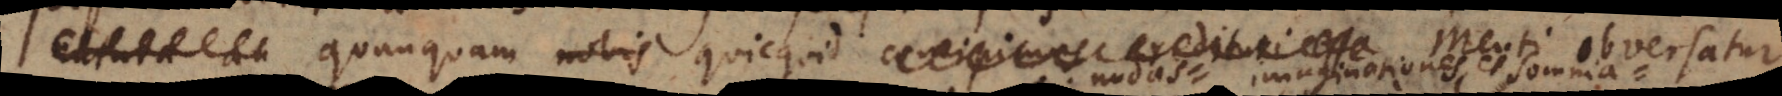
an quanquam nobis quicquid concipimus credituri esse Menti obversatur